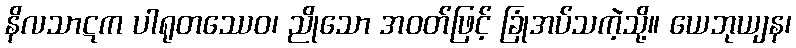
နိလသာဋက ပါရုတဿေဝ၊ ညိုသော အဝတ်ဖြင့် ခြုံအပ်သကဲ့သို့။ ယေဘုယျန၊